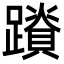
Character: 𮜛